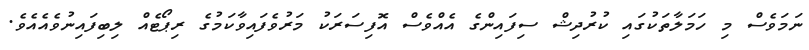
ނަމަވެސް މި ހަމަލާތަކުގައި ކުރުދިޝް ސިފައިންގެ އެއްވެސް އޮފިސަރަކު މަރުވެފައިވާކަމުގެ ރިޕޯޓެއް ލިބިފައިނުވެއެއެވެ.